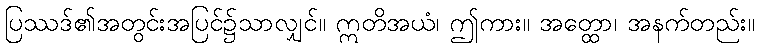
ပြဿဒ်၏အတွင်းအပြင်၌သာလျှင်။ ဣတိအယံ၊ ဤကား။ အတ္ထော၊ အနက်တည်း။